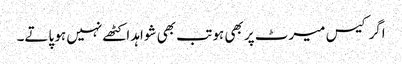
اگر کیس میرٹ پر بھی ہو تب بھی شواہد اکٹھے نہیں ہو پاتے۔